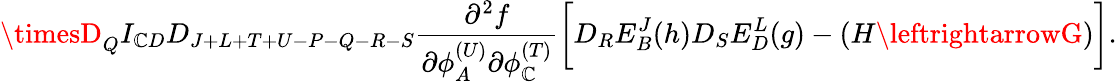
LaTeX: \timesD_{Q}I_{\mathbb{C}D}D_{J+L+T+U-P-Q-R-S}{\frac{{\partial^{2}f}}{{\partial\phi_{A}^{(U)}\partial\phi_{\mathbb{C}}^{(T)}}}}\biggl[D_{R}E_{B}^{J}(h)D_{S}E_{D}^{L}(g)-(H\leftrightarrowG)\biggr].